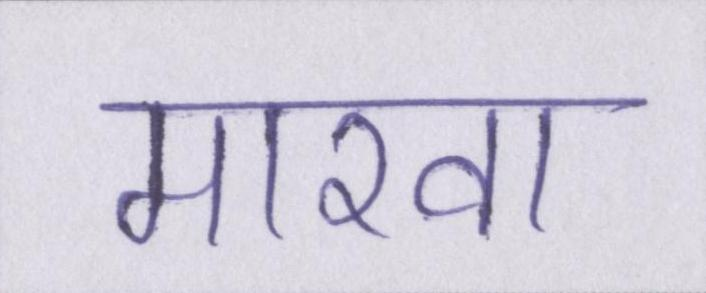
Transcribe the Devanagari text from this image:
मारवा